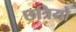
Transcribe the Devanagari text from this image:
छत्रियो